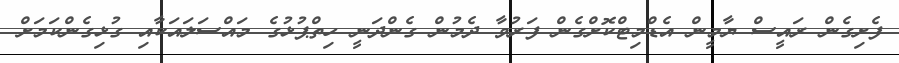
ފެށިގެން ރައީސް ޔާމީން އެޑްމިޓްކޮށްގެން ފަރުވާ ދެމުން ގެންދަނީ ހިތްޕުޅުގެ މައްސަލައަކާއި ގުޅިގެންކަމަށް